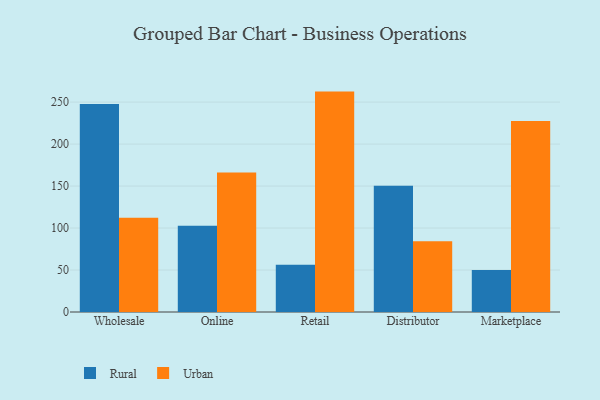
{"axis": {"x": "Channel", "y": "Latency (ms)"}, "legend": ["Rural", "Urban"], "data": [{"x": "Wholesale", "y": 247.8, "type": "Rural"}, {"x": "Wholesale", "y": 112.3, "type": "Urban"}, {"x": "Online", "y": 102.8, "type": "Rural"}, {"x": "Online", "y": 166.1, "type": "Urban"}, {"x": "Retail", "y": 56.4, "type": "Rural"}, {"x": "Retail", "y": 262.5, "type": "Urban"}, {"x": "Distributor", "y": 150.5, "type": "Rural"}, {"x": "Distributor", "y": 84.4, "type": "Urban"}, {"x": "Marketplace", "y": 50.0, "type": "Rural"}, {"x": "Marketplace", "y": 227.6, "type": "Urban"}]}